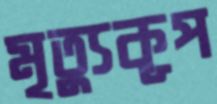
মৃত্যুকূপ